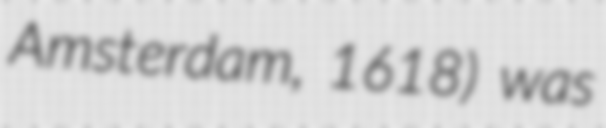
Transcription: Amsterdam, 1618) was